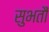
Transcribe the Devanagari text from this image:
सुभतौं